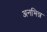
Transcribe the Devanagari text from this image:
अनभिन्न